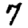
Digit: 7